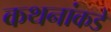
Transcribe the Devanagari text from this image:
कथनांकडे